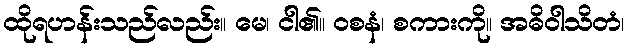
ထိုရဟန်းသည်လည်း။ မေ၊ ငါ၏။ ဝစနံ၊ စကားကို။ အဓိဝါသိတံ၊